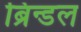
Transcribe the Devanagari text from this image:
ब्रिन्डल